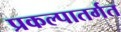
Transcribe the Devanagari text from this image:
प्रकल्पातर्गत